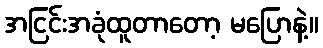
အငြင်းအခုံထူတာတော့ မပြောနဲ့။